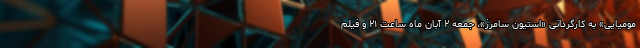
مومیایی» به کارگردانی «استیون سامرز»، جمعه ۲ آبان ماه ساعت ۲۱ و فیلم